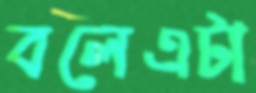
বলেএটা